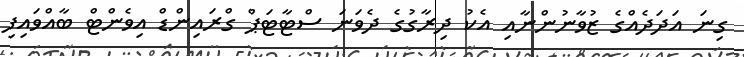
ގިނަ އަދަދެއްގެ ޒުވާނުންނާއި އެކު ދިރާގުގެ ދެވަނަ ސްޓާޓަޕް ގްރައިންޑް އިވެންޓް ބާއްވައިފި